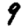
Digit: 9